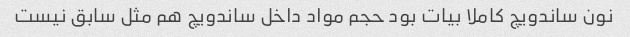
نون ساندویچ کاملا بیات بود حجم مواد داخل ساندویچ هم مثل سابق نیست